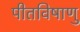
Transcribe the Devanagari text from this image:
पीतविषाणु